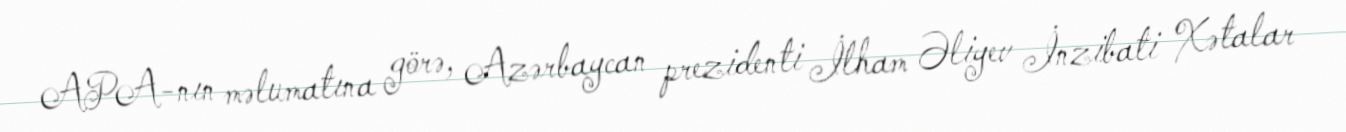
APA-nın məlumatına görə, Azərbaycan prezidenti İlham Əliyev İnzibati Xətalar